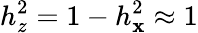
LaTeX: h_{z}^{2}=1-h_{\mathbf{x}}^{2}\approx1